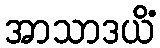
အာသာဒယိံ